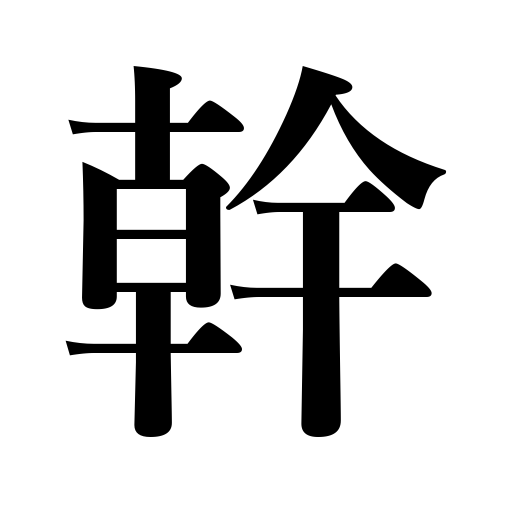
Meanings: tree trunk